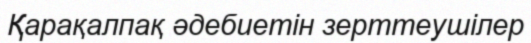
Қарақалпақ әдебиетін зерттеушілер